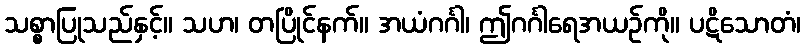
သစ္စာပြုသည်နှင့်။ သဟ၊ တပြိုင်နက်။ အယံဂင်္ဂါ၊ ဤဂင်္ဂါရေအယဉ်ကို။ ပဋိသောတံ၊